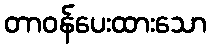
တာဝန်ပေးထားသော